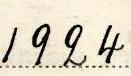
1924